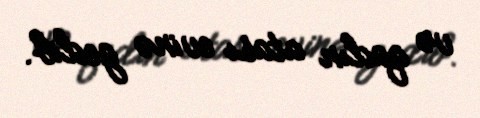
və qadın atası evinə gedib.